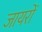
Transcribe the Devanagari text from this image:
जायरों